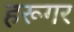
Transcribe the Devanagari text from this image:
हरूगर